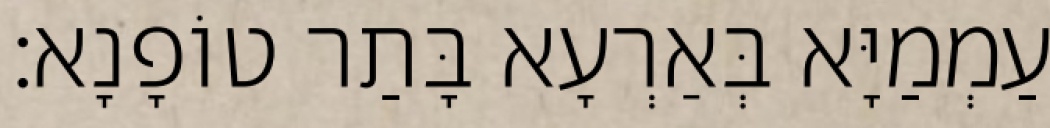
עַמְמַיָּא בְּאַרְעָא בָּתַר טוֹפָנָא׃